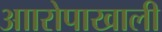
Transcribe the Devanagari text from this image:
आारोपाखाली